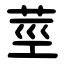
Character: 莖